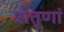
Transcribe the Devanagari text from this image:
श्रोतृणां